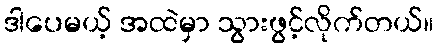
ဒါပေမယ့် အထဲမှာ သွားဖွင့်လိုက်တယ်။